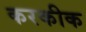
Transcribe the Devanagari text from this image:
करकीक